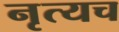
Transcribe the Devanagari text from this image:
नृत्यच